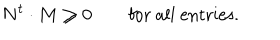
N ^ { t } \cdot M \ge 0 \qquad \mathrm { f o r ~ a l l ~ e n t r i e s . }